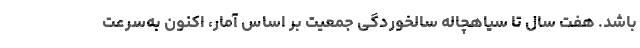
باشد. هفت سال تا سیاهچاله سالخوردگی جمعیت بر اساس آمار، اکنون به‌سرعت